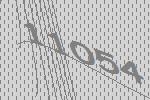
11054